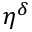
\eta ^ { \delta }